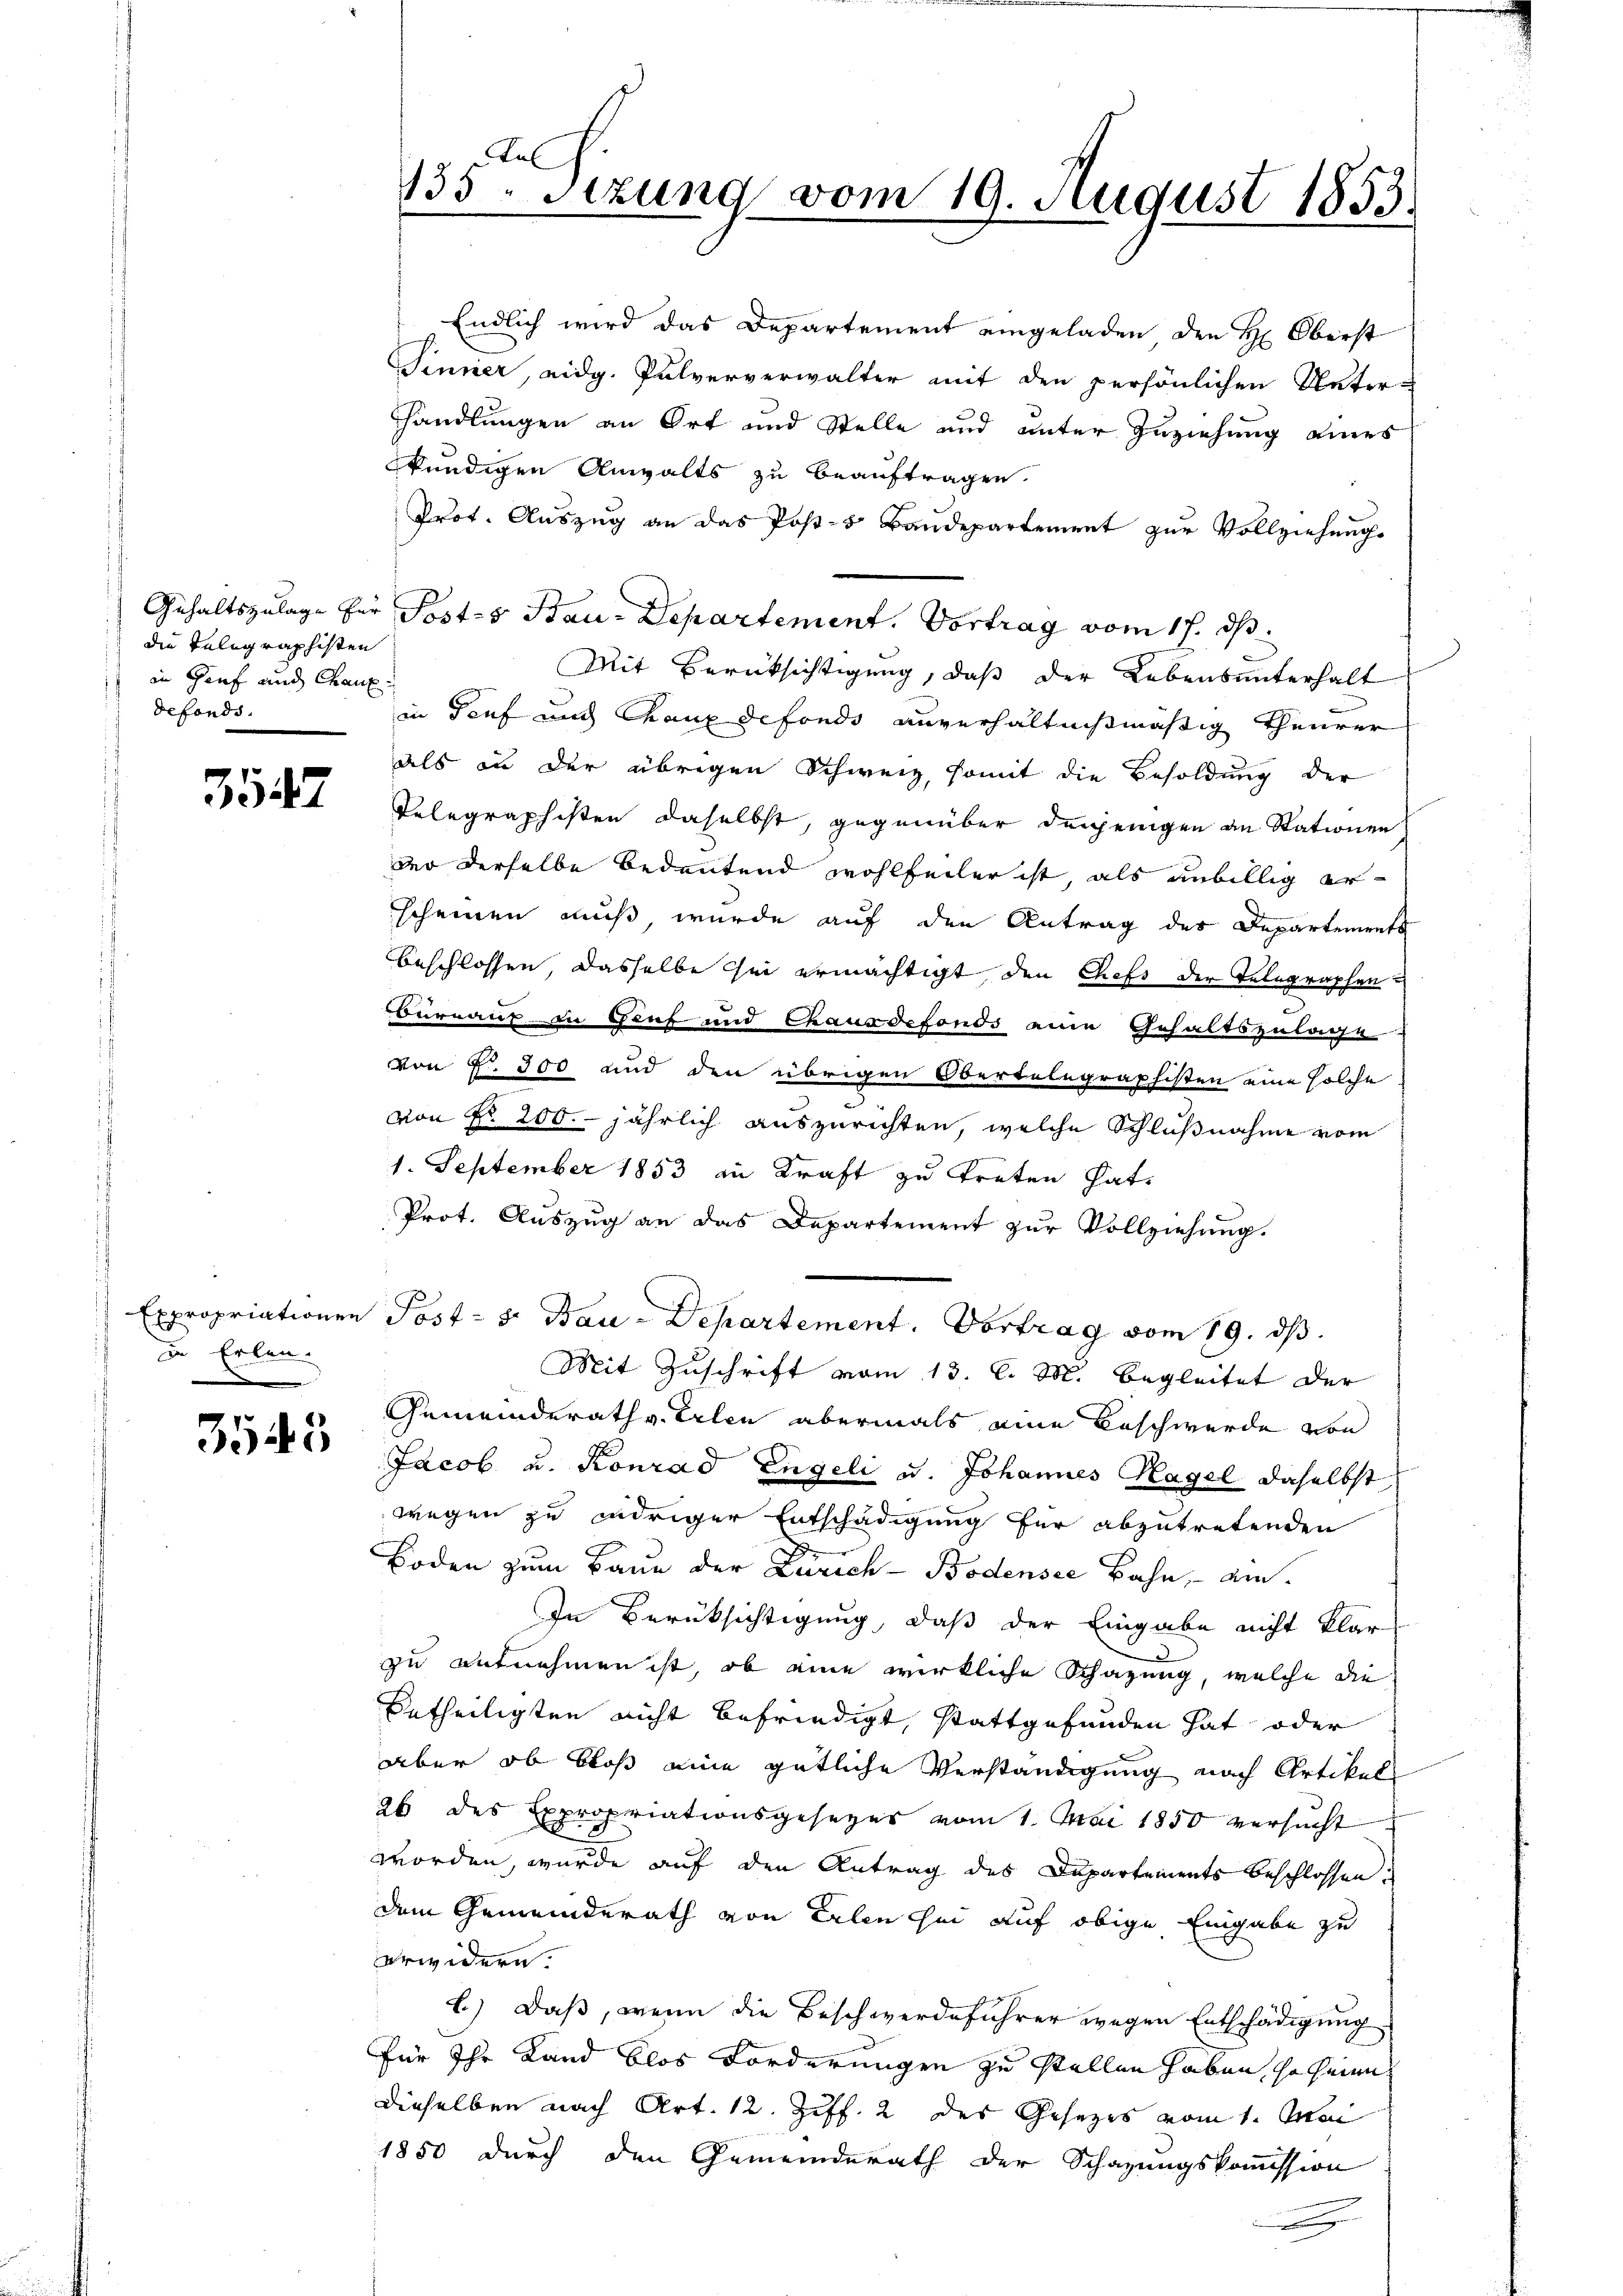
die Telegraphisten
in Genf und Chaux
defonds.

3542

in Erlen¬

3545

Lu
135. Setzung vom 19. August 1853.

Endlich wird das Departement eingeladen den H: Oberst
Sinner, eidg. Pulververwalter mit den persönlichen Unter-
handlungen an Ort und Stelle und unter Zuziehung eines
kündigen Anwalts zu beauftragen.
Prot. Auszug an das Post- & Baudepartement zur Vollziehung.
Gehaltszulage für Posts Bau-Departement. Vortrag vom 17. ds.
Mit Berücksichtigung, daß der Lebensunterhalt
in Genf und Chaux defondo unverhältnißmäßig theurer
als in der übrigen Schweiz, somit die Besoldung der
Telegraphisten daselbst, gegenüber denjenigen an Stationen,
der derselbe bedeutend wohlfeiler ist, als unbillig erscheinen muß, wurde auf den Antrag des Departements
beschlossen, dasselbe sei ermächtigt den Chefs der Telegraphen
Bernauf in Genf und Chausdefonds eine Gehaltszulage
von §. 300 und den übrigen Obertelegraphisten eine solche
von Nr. 200. jährlich auszurichten, welche Schlußnahme vom
1. September 1853 in Kraft zu treten hat,
Prot. Auszug an das Departement zur Vollziehung.
Expropriationen Post- s. Bau-Departement. Vortrag vom 19. ds
Mit Zuschrift vom 13. l. M. begleitet der
Gemeinderath v. Erlen abermals eine Beschwerde von
Jacob u. Konrad Engeli u. Johannes Hagel daselbst
wegen zu widriger Entschädigung für abzutretenden
Boden zum Baue der Zürich-Bodensee Bahn, am
In Berüksichtigung, daß der Eingabe nicht klar
zu aufnehmen ist, ob eine wirkliche Schazung, welche die
betheiligten nicht befriedigt, stattgefunden hat oder
aber ob bloß eine gütliche Verständigung nach Artikel
26 des Expropriationsgesezes vom 1. Mai 1850 versucht
worden, wurde auf den Antrag des Departements beschlossen:
dem Gemeinderath von Erlen sei auf obige Eingabe zu
erwidern.
l) Daß, wenn die Beschwerdeführer wegen Entschädigung
für Ihr Land blos Forderungen zu stellen haben, so seine
dieselben nach Art. 12. Ziff. 2 des Gesezes vom 1. Mai
1850 durch den Gemeinderath der Schazungskommission
.